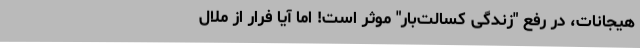
هیجانات، در رفع "زندگی کسالت‌بار" موثر است! اما آیا فرار از ملال